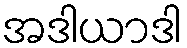
အဒါယာဒါ